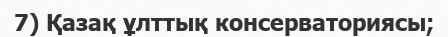
7) Қазақ ұлттық консерваториясы;